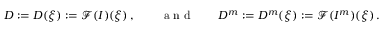
D : = D ( \boldsymbol { \xi } ) : = \mathcal { F } ( I ) ( \boldsymbol { \xi } ) \, , \qquad \mathrm { ~ a ~ n ~ d ~ } \qquad D ^ { m } : = D ^ { m } ( \boldsymbol { \xi } ) : = \mathcal { F } ( I ^ { m } ) ( \boldsymbol { \xi } ) \, .